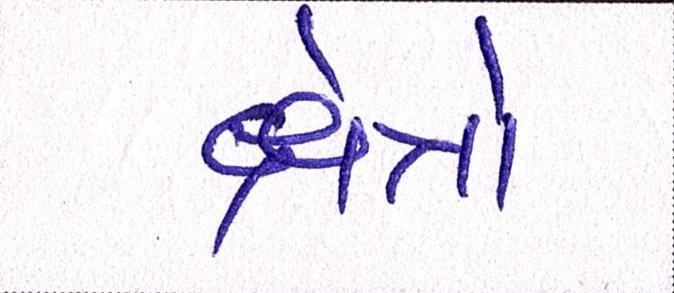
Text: ક્ષેત્રો